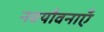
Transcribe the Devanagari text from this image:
नवयौवनाएँ